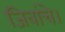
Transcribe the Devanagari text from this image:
जिवांचे।